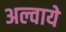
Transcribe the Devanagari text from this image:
अल्वाये